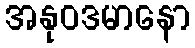
အနုဝဒမာနော